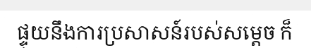
ផ្ទុយនឹងការប្រសាសន៍របស់សម្តេច ក៏